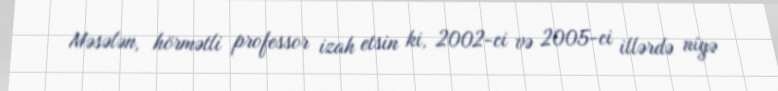
Məsələn, hörmətli professor izah etsin ki, 2002-ci və 2005-ci illərdə niyə